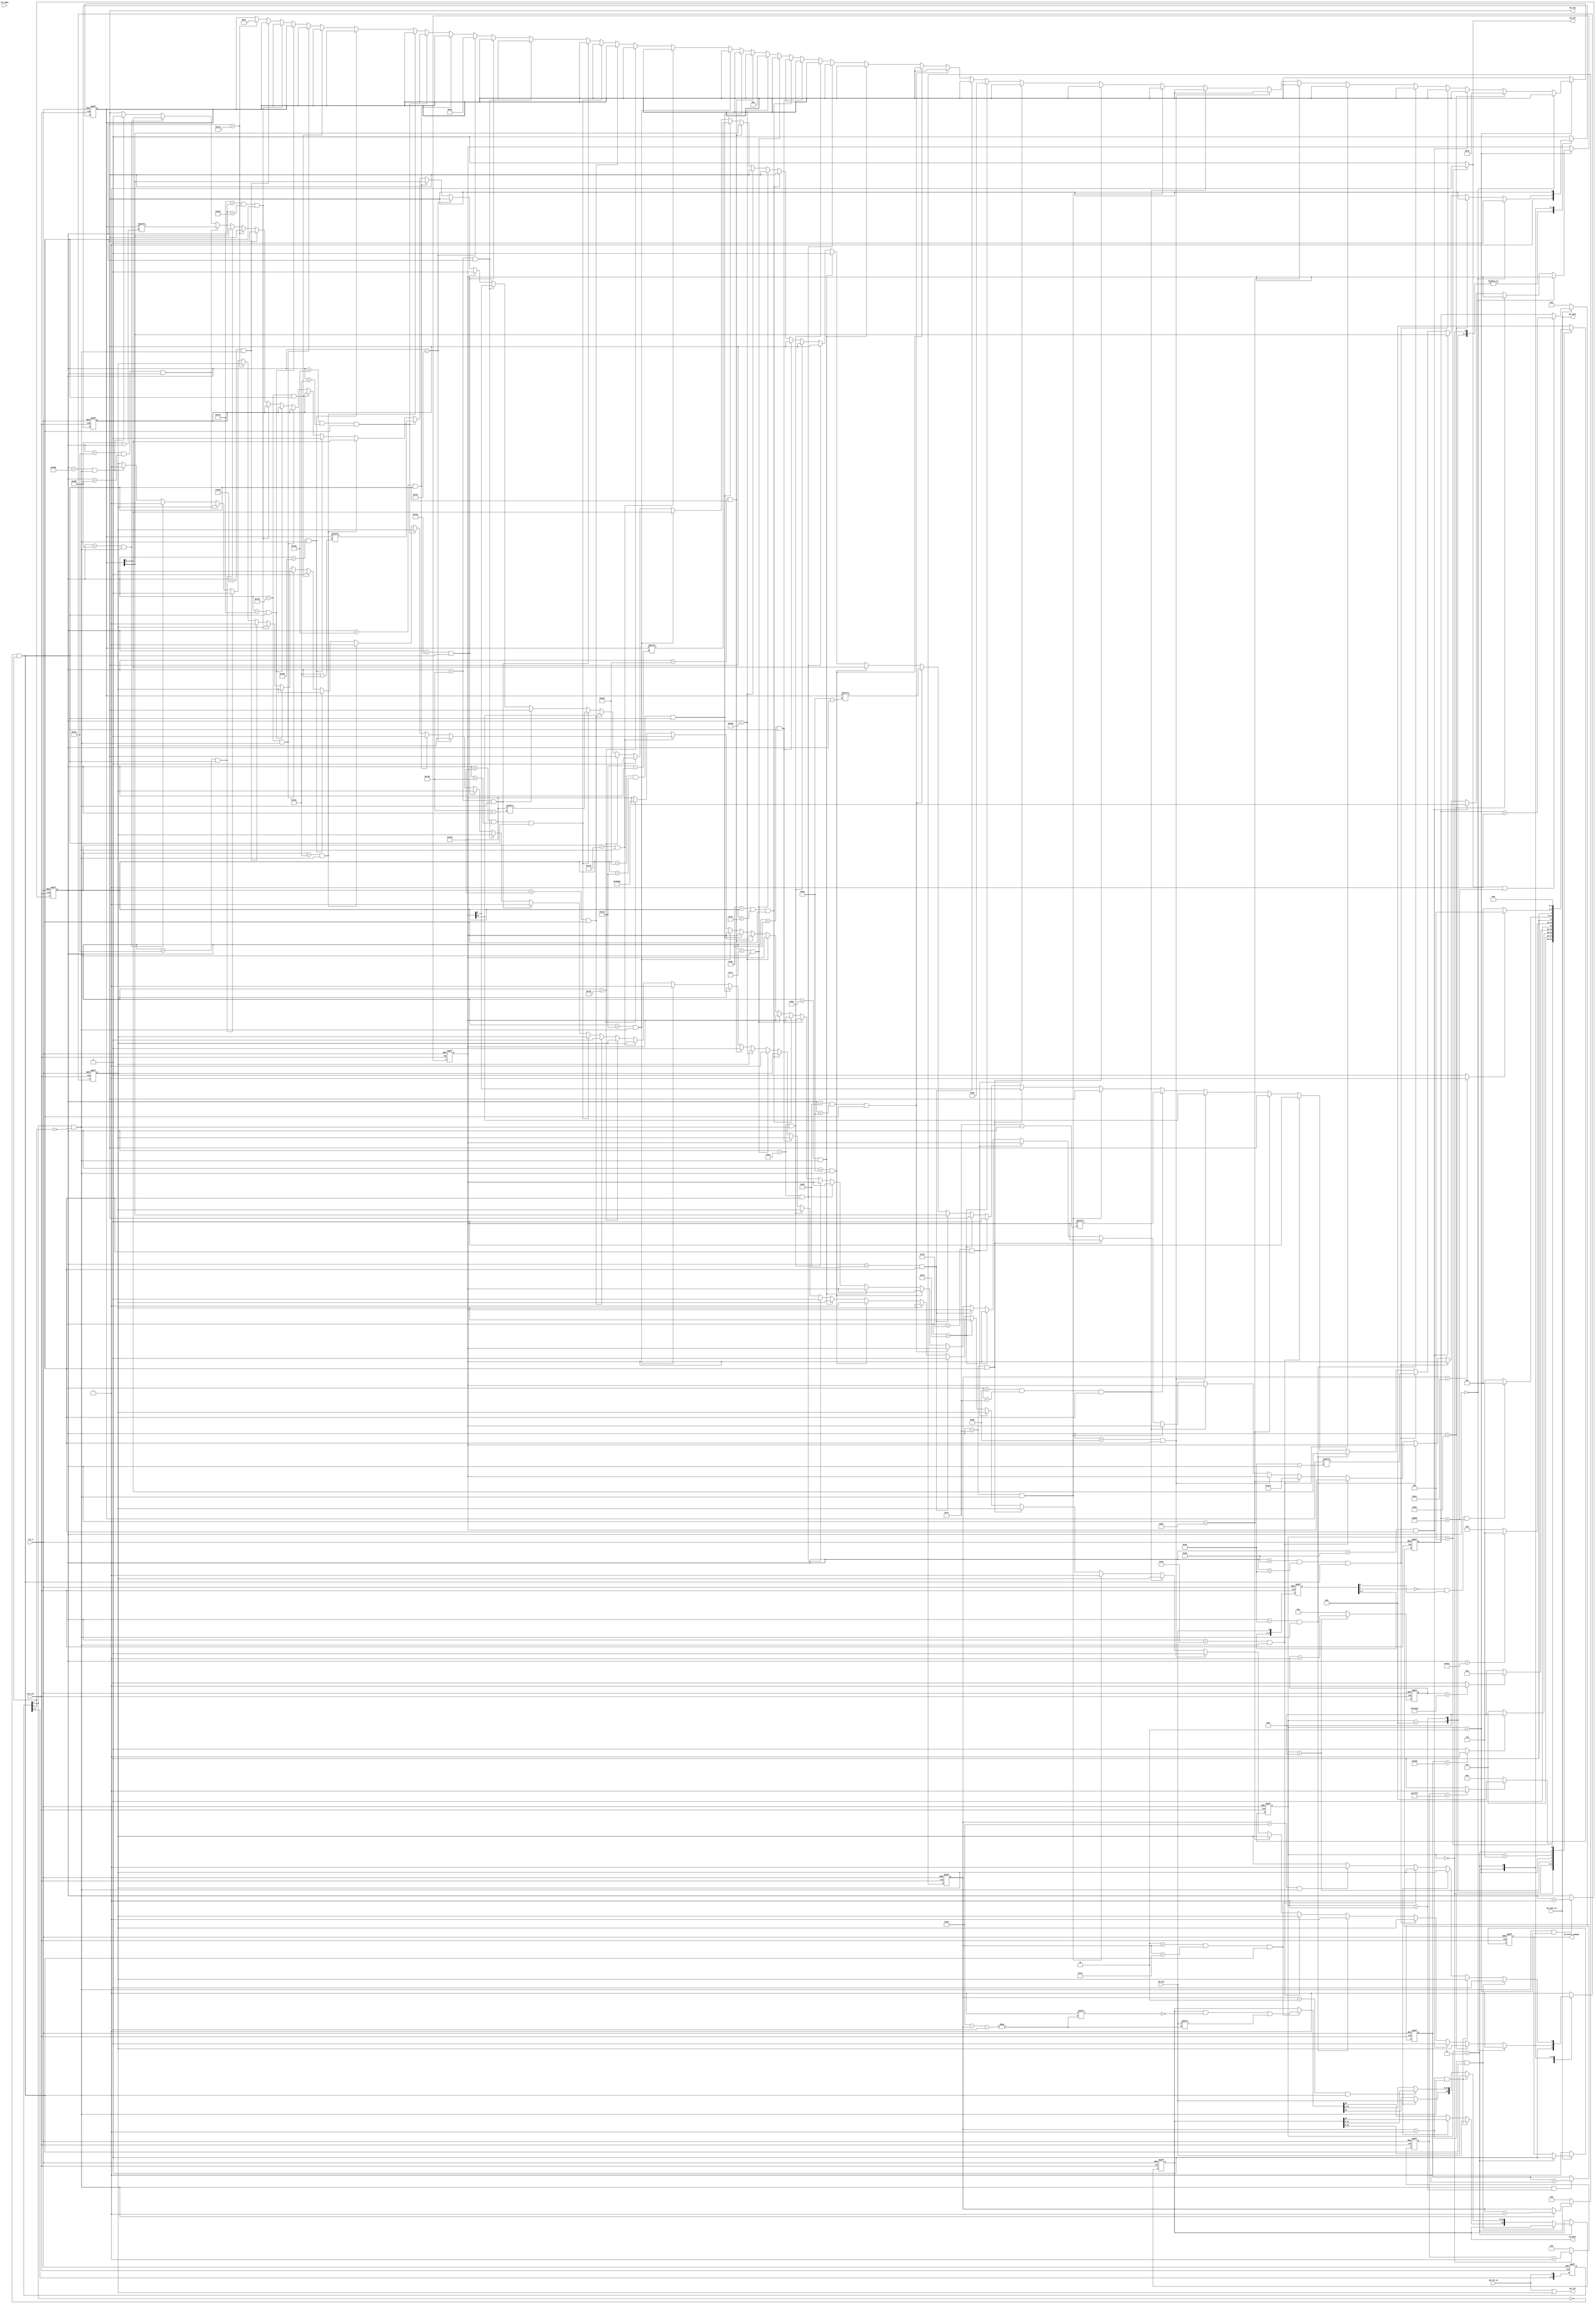
//ad_sample.v

`define PERIOD 32'd0_499_99
`define CFG_REG8A		8'h10
`define CFG_REG8B		8'h50
`define CFG_REG8C		8'h5C
`define CFG_REG24A	24'h000110

`define CFG_REG8D		8'h08
`define CFG_REG8E		8'h48
`define CFG_REG24B	24'h040001 //24'h088001--4.8KHz  24'h088002--2.4KHz 24'h088004--1.2kHz

module ad_sample(
//adc interface
ad_clk_in,//2.5M
ad_clk,   //ad_clk = ad_clk_in | ad_clk_vld ; //2.5MAD7195clk
clk_2kHz, //
ad_din,   //AD7195
ad_cfg,   //AD7195
ad_sync,  //AD719519992000
ad_exclk_change,//AD7195
//data path
ad_data,
ad_vld,
ad_sync_in,//1sAD7195
//clk rst
clk_sys,
rst_n
);

//adc interface
input  ad_clk_in;
output ad_clk;
input  clk_2kHz;
input  ad_din;
output  ad_cfg;
output ad_sync;
output ad_exclk_change;
//data path
output [23:0] ad_data;
output 		  ad_vld;
input ad_sync_in;
//clk rst
input clk_sys;
input rst_n;


//--------------------------------------------------------
//--------------------------------------------------------




reg[2:0] ad_clk_r;
always @ ( posedge clk_sys or negedge rst_n )
  if(~rst_n)
     ad_clk_r <= 0;
  else
     ad_clk_r <= { ad_clk_r[1:0], ad_clk_in};

wire ad_clk_in_rising  = ad_clk_r[1] && ( ~ad_clk_r[2] );       
wire ad_clk_in_falling = ( ~ad_clk_r[1] ) && ad_clk_r[2]; 

reg[2:0] clk_2kHz_r;
always @ ( posedge clk_sys or negedge rst_n )
  if(~rst_n)
     clk_2kHz_r <= 0;
  else
     clk_2kHz_r <= { clk_2kHz_r[1:0], clk_2kHz};

wire clk_2kHz_rising  = clk_2kHz_r[1] && ( ~clk_2kHz_r[2] );       
wire clk_2kHz_falling = ( ~clk_2kHz_r[1] ) && clk_2kHz_r[2]; 

reg[2:0] ad_din_r;
always @ ( posedge clk_sys or negedge rst_n )
  if(~rst_n)
     ad_din_r <= 0;
  else
     ad_din_r <= { ad_din_r[1:0], ad_din};

wire ad_din_rising  = ad_din_r[1] && ( ~ad_din_r[2] );       
wire ad_din_falling = ( ~ad_din_r[1] ) && ad_din_r[2];



//------------- main FSM --------------

//main STATE 
parameter S_INIT = 4'h0;
parameter S_IDLE = 4'h8;
parameter S_AD_RESET = 4'h1;
parameter S_AD_UNRST = 4'h9;
parameter S_AD_RESET_DLY = 4'h6;
parameter S_AD_CONFIG = 4'h2;
parameter S_AD_SAMPLE = 4'h3;
parameter S_DATA_PUSH = 4'h4;

wire finish_init;
wire finish_rst;
wire finish_unrst;
wire finish_sample;
reg [3:0] st_ad_p1;

reg [15:0] cnt_config;
wire sample_fire;
reg [7:0] cnt_sample;
reg [15:0]ad_vld_cnt;
always @ (posedge clk_sys or negedge rst_n)	begin
	if(~rst_n)
		st_ad_p1 <= S_INIT;
	else begin
		case(st_ad_p1)
			S_INIT : 			st_ad_p1 <= finish_init ? S_IDLE : S_INIT;		
			S_IDLE : 			st_ad_p1 <= S_AD_RESET;
			S_AD_RESET : 	st_ad_p1 <= finish_rst ? S_AD_UNRST : S_AD_RESET;
			S_AD_UNRST :  st_ad_p1 <= finish_unrst ? S_AD_CONFIG : S_AD_UNRST;
			S_AD_CONFIG : st_ad_p1 <= (cnt_config > 16'd1250) ? S_AD_RESET_DLY : S_AD_CONFIG;
			S_AD_RESET_DLY : st_ad_p1 <= (ad_din_falling & (ad_vld_cnt<16'd3000))? S_AD_SAMPLE : S_AD_RESET_DLY;
			S_AD_SAMPLE : st_ad_p1 <= finish_sample ? S_DATA_PUSH : S_AD_SAMPLE;
			S_DATA_PUSH : st_ad_p1 <= S_AD_RESET_DLY;
			default : st_ad_p1 <= S_IDLE;
		endcase
	end
end


//----------- FMS switch condition ---------
reg [19:0] cnt_init;
always @(posedge clk_sys or negedge rst_n)	begin
	if(~rst_n)
		cnt_init <= 20'h0;
	else if(st_ad_p1 == S_INIT)
		cnt_init <= cnt_init + 20'h1;
	else 
		cnt_init <= 20'h0;
end
`ifdef SIM
assign finish_init = (cnt_init == 20'hf) ? 1'b1 : 1'b0;
`else 
assign finish_init = (cnt_init == 20'hfffff) ? 1'b1 : 1'b0;
`endif

reg [31:0]cnt_period;
always @ (posedge clk_sys or negedge rst_n)	begin
	if(~rst_n)
		cnt_period <= 32'd0;
	else if(st_ad_p1 == S_DATA_PUSH)
		cnt_period <= 32'd0;
	else if((st_ad_p1 == S_AD_RESET_DLY) | (st_ad_p1 == S_AD_SAMPLE))
		cnt_period <= cnt_period + 32'd1;
	else 
		cnt_period <= 32'd0;
end
`ifdef SIM
assign sample_fire = (cnt_period == 32'd499) ? 1'b1 : 1'b0;
`else
assign sample_fire = (cnt_period == `PERIOD) ? 1'b1 : 1'b0;
`endif

reg [19:0] cnt_reset;
always @ (posedge clk_sys or negedge rst_n)	begin
	if(~rst_n)
		cnt_reset <= 20'd0;
	else if((ad_clk_in_rising)&&(st_ad_p1 == S_AD_RESET))
		cnt_reset <= cnt_reset + 20'd1;
	else ;
end
`ifdef SIM
assign finish_rst = (cnt_reset == 20'd10) ? 1'b1 : 1'b0;
`else 
assign finish_rst = (cnt_reset == 20'd600) ?  1'b1 : 1'b0;
`endif

reg [31:0] cnt_unrst;
always @ (posedge clk_sys or negedge rst_n)	begin
	if(~rst_n)
		cnt_unrst <= 32'd0;
	else if(st_ad_p1 == S_AD_UNRST)
		cnt_unrst <= cnt_unrst + 32'd1;
	else 
		cnt_unrst <= 32'h0;
end
`ifdef SIM
assign finish_unrst = (cnt_unrst == 32'd10_00) ? 1'b1 : 1'b0;
`else 
assign finish_unrst = (cnt_unrst == 32'd10_000_00) ?  1'b1 : 1'b0;
`endif

always @ (posedge clk_sys or negedge rst_n)	begin
	if(~rst_n)
		cnt_config <= 16'd0;
	else if((ad_clk_in_rising)&&(st_ad_p1 == S_AD_CONFIG))
		cnt_config <= cnt_config + 16'd1;
	else ;
end


always @ (posedge clk_sys or negedge rst_n)	begin
	if(~rst_n)
		cnt_sample <= 8'd0;
	else if(st_ad_p1 == S_AD_SAMPLE)
		cnt_sample <= ad_clk_in_rising ? (cnt_sample + 8'd1) : cnt_sample;
	else 
		cnt_sample <= 8'd0;
end
assign finish_sample = (cnt_sample == 8'd26) ? 1'b1 :1'b0;


//--------- handle unexpect --------

//----------- data output -----------
reg ad_cfg;
reg ad_clk_vld;
reg [7:0]cfg_reg8;
reg [23:0]ret_reg24;
reg [23:0]got_ad_value;
reg [23:0]cfg_reg24;
always @ (posedge clk_sys or negedge rst_n)	begin
	if(~rst_n) begin
		ad_clk_vld <= 1'b1;
		ad_cfg <= 1'b1;
		got_ad_value <= 24'h0;
		ret_reg24 <= 24'h0;
		cfg_reg8 <= 8'h0;
		cfg_reg24 <= 24'h0;
	end
	else	begin
		case(st_ad_p1)
			S_INIT : 	  begin ad_cfg <= 1'b1; ad_clk_vld <= 1'b1;end
			S_IDLE : 	  begin ad_cfg <= 1'b1; ad_clk_vld <= 1'b1;end
			S_AD_RESET : begin ad_cfg <= 1'b1; ad_clk_vld <= 1'b0;end
			S_AD_UNRST : begin ad_cfg <= 1'b0; ad_clk_vld <= 1'b1;end
			S_AD_RESET_DLY : begin ad_cfg <= 1'b0; ad_clk_vld <= 1'b1; end
			S_AD_CONFIG : 
			begin
				if(cnt_config == 16'd0) begin
					ad_cfg <= 1'b0;
					ad_clk_vld <= 1'b1;
				end
				else if(cnt_config == 16'd61) 
					cfg_reg8 <= `CFG_REG8A;
				else if((cnt_config == 16'd70)&(ad_clk_in_falling))
				begin
					ad_clk_vld <= 1'b0;
					ad_cfg <= cfg_reg8[7];
				end
				else if((cnt_config >16'd70)&(cnt_config < 16'd77)&(ad_clk_in_falling))
				begin
					ad_cfg <= cfg_reg8[16'd77-cnt_config];
				end
				else if((cnt_config == 16'd77)&(ad_clk_in_rising))
				begin
				   ad_clk_vld <= 1'b1;
				   ad_cfg <= cfg_reg8[0];
				end
				else if((cnt_config == 16'd78)&(ad_clk_in_rising))
				begin  
						ad_cfg <= 1'b0;
				end
				    //writing 1 byte end
		 
				else if(cnt_config == 16'd81)//writing 3 byte begin 
					cfg_reg24 <= `CFG_REG24A;
				else if((cnt_config == 16'd90)&(ad_clk_in_falling))
				begin
					ad_clk_vld <= 1'b0;
					ad_cfg <= cfg_reg24[23];
				end
				else if((cnt_config >16'd90)&(cnt_config < 16'd113)&(ad_clk_in_falling))
				begin
					ad_cfg <= cfg_reg24[16'd113-cnt_config];
				end
				else if((cnt_config == 16'd113)&(ad_clk_in_rising))
			    ad_clk_vld <= 1'b1;
				else if((cnt_config == 16'd113)&(ad_clk_in_falling))
				  ad_cfg <= cfg_reg24[0];
				else if((cnt_config == 16'd114)&(ad_clk_in_falling))
					ad_cfg <= 1'b0;
				    //writing 3 byte end
				
				
				
				
				//writing 1 byte begin
				else if(cnt_config == 16'd121) 
					cfg_reg8 <= `CFG_REG8B;
				else if((cnt_config == 16'd130)&(ad_clk_in_falling))
				begin
					ad_clk_vld <= 1'b0;
					ad_cfg <= cfg_reg8[7];
				end
				else if((cnt_config >16'd130)&(cnt_config < 16'd137)&(ad_clk_in_falling))
				begin
					ad_cfg <= cfg_reg8[16'd137-cnt_config];
				end
				else if((cnt_config == 16'd137)&(ad_clk_in_rising))
				begin
				   ad_clk_vld <= 1'b1;
				   ad_cfg <= cfg_reg8[0];
				end
				else if((cnt_config == 16'd138)&(ad_clk_in_rising))
				begin  
						ad_cfg <= 1'b0;
				end
				    //writing 1 byte end
				
				
				// reading 3 bytes begin	
				else if((cnt_config == 16'd170)&(ad_clk_in_falling))
				begin
						ad_clk_vld <= 1'b0;
				end
				else if((cnt_config == 16'd170)&(ad_clk_in_rising))
					 ret_reg24[23] <= ad_din;
				else if((cnt_config == 16'd171)&(ad_clk_in_falling))
				begin
					 ret_reg24[22] <= ad_din;
				end
				else if((16'd171 < cnt_config )&(cnt_config <16'd194)&(ad_clk_in_falling))
				begin
					 ret_reg24[16'd193-cnt_config] <= ad_din;
				end
				else if((cnt_config == 16'd193)&(ad_clk_in_rising))
				begin
					ad_clk_vld <= 1'b1;
					// if disable output 
					ret_reg24 <= 24'h0;
				end
				
				/////////////write next MODE register
				else if(cnt_config == 16'd261) 
					cfg_reg8 <= `CFG_REG8D;
				else if((cnt_config == 16'd270)&(ad_clk_in_falling))
				begin
					ad_clk_vld <= 1'b0;
					ad_cfg <= cfg_reg8[7];
				end
				else if((cnt_config >16'd270)&(cnt_config < 16'd277)&(ad_clk_in_falling))
				begin
					ad_cfg <= cfg_reg8[16'd277-cnt_config];
				end
				else if((cnt_config == 16'd277)&(ad_clk_in_rising))
				begin
				   ad_clk_vld <= 1'b1;
				   ad_cfg <= cfg_reg8[0];
				end
				else if((cnt_config == 16'd278)&(ad_clk_in_rising))
				begin  
						ad_cfg <= 1'b0;
				end
				    //writing 1 byte end
		 
				else if(cnt_config == 16'd281)//writing 3 byte begin 
					cfg_reg24 <= `CFG_REG24B;
				else if((cnt_config == 16'd290)&(ad_clk_in_falling))
				begin
					ad_clk_vld <= 1'b0;
					ad_cfg <= cfg_reg24[23];
				end
				else if((cnt_config >16'd290)&(cnt_config < 16'd313)&(ad_clk_in_falling))
				begin
					ad_cfg <= cfg_reg24[16'd313-cnt_config];
				end
				else if((cnt_config == 16'd313)&(ad_clk_in_rising))
			    ad_clk_vld <= 1'b1;
				else if((cnt_config == 16'd313)&(ad_clk_in_falling))
				  ad_cfg <= cfg_reg24[0];
				else if((cnt_config == 16'd314)&(ad_clk_in_falling))
					ad_cfg <= 1'b0;
				    //writing 3 byte end
				
				
				
				
				//writing 1 byte begin
				else if(cnt_config == 16'd321) 
					cfg_reg8 <= `CFG_REG8E;
				else if((cnt_config == 16'd330)&(ad_clk_in_falling))
				begin
					ad_clk_vld <= 1'b0;
					ad_cfg <= cfg_reg8[7];
				end
				else if((cnt_config >16'd330)&(cnt_config < 16'd337)&(ad_clk_in_falling))
				begin
					ad_cfg <= cfg_reg8[16'd337-cnt_config];
				end
				else if((cnt_config == 16'd337)&(ad_clk_in_rising))
				begin
				   ad_clk_vld <= 1'b1;
				   ad_cfg <= cfg_reg8[0];
				end
				else if((cnt_config == 16'd338)&(ad_clk_in_rising))
				begin  
						ad_cfg <= 1'b0;
				end
				    //writing 1 byte end
				
				
				// reading 3 bytes begin	
				else if((cnt_config == 16'd370)&(ad_clk_in_falling))
				begin
						ad_clk_vld <= 1'b0;
				end
				else if((cnt_config == 16'd370)&(ad_clk_in_rising))
					 ret_reg24[23] <= ad_din;
				else if((cnt_config == 16'd371)&(ad_clk_in_falling))
				begin
					 ret_reg24[22] <= ad_din;
				end
				else if((16'd371 < cnt_config )&(cnt_config <16'd394)&(ad_clk_in_falling))
				begin
					 ret_reg24[16'd393-cnt_config] <= ad_din;
				end
				else if((cnt_config == 16'd393)&(ad_clk_in_rising))
				begin
					ad_clk_vld <= 1'b1;
					// if disable output 
					ret_reg24 <= 24'h0;
				end
				///////////////////config  MODE END ////////////////////////////
				
				//writing 1 byte begin
				else if(cnt_config == 16'd1221) 
					cfg_reg8 <= `CFG_REG8C;
				else if((cnt_config == 16'd1230)&(ad_clk_in_falling))
				begin
					ad_clk_vld <= 1'b0;
					ad_cfg <= cfg_reg8[7];
				end
				else if((cnt_config >16'd1230)&(cnt_config < 16'd1237)&(ad_clk_in_falling))
				begin
					ad_cfg <= cfg_reg8[16'd1237-cnt_config];
				end
				else if((cnt_config == 16'd1237)&(ad_clk_in_rising))
				begin
					ad_clk_vld <= 1'b1;
					ad_cfg <= cfg_reg8[0];
				end
				else if((cnt_config == 16'd1238)&(ad_clk_in_rising))
				begin  
					ad_cfg <= 1'b0;
					ad_clk_vld <= 1'b1;
				end
				    //writing 1 byte end
			end
			
			
			
			S_AD_SAMPLE : begin
					// reading 3 bytes begin	
					if((cnt_sample == 8'd1)&(ad_clk_in_falling))
						ad_clk_vld <= 1'b0;
					else if((cnt_sample == 8'd1)&(ad_clk_in_rising))
						got_ad_value[23] <= ad_din;
					else if((cnt_sample == 8'd2)&(ad_clk_in_falling))
					begin
						got_ad_value[22] <= ad_din;
					end
					else if((8'd2 < cnt_sample )&(cnt_sample <8'd25)&(ad_clk_in_falling))
					begin
						 got_ad_value[8'd24-cnt_sample] <= ad_din;
					end
					else if((cnt_sample == 8'd24)&(ad_clk_in_rising))
					begin
						ad_clk_vld <= 1'b1;
						//if enable output
						//got_ad_value <= 24'h0;
					end
			
			end
			
			S_DATA_PUSH :  begin ad_cfg <= 1'b0; ad_clk_vld <= 1'b1;end
			default :  begin ad_cfg <= 1'b0; ad_clk_vld <= 1'b1;end
		endcase
	end
end



//reg [15:0]ad_vld_cnt;
always @(posedge clk_sys or negedge rst_n)
begin
	if(~rst_n)
		ad_vld_cnt <= 16'd0;
	else if(~ad_sync_in)
		ad_vld_cnt <= 16'd0;
	else if((ad_vld)&(ad_vld_cnt < 16'd3000))
		ad_vld_cnt <= ad_vld_cnt + 16'd1;
	else 
	    ;
		
end

reg ad_exclk_change;
always @(posedge clk_sys or negedge rst_n)
begin
	if(~rst_n)
		ad_exclk_change <= 1'b0;
	else if(~ad_sync_in)
		ad_exclk_change <= 1'b1;
	else if(st_ad_p1 == S_AD_SAMPLE)
		ad_exclk_change <= 1'b0;
	else 
	    ;
		
end





wire ad_clk;

assign ad_clk = ad_clk_in | ad_clk_vld ; //enable ad_clk 
assign ad_vld = (st_ad_p1 == S_DATA_PUSH) ? 1'b1 :1'b0;
assign ad_data = got_ad_value;
assign ad_sync = ad_sync_in;



endmodule